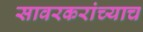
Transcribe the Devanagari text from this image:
सावरकरांच्याच